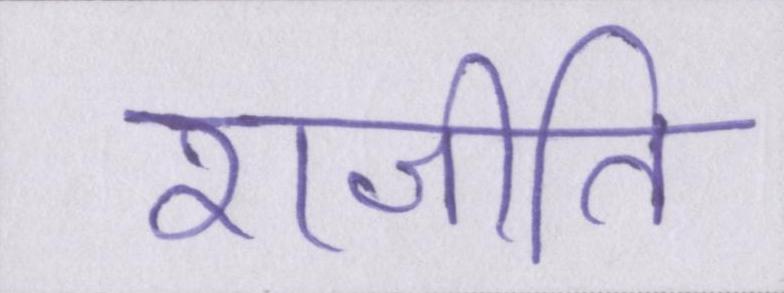
राजीति